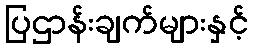
ပြဌာန်းချက်များနှင့်